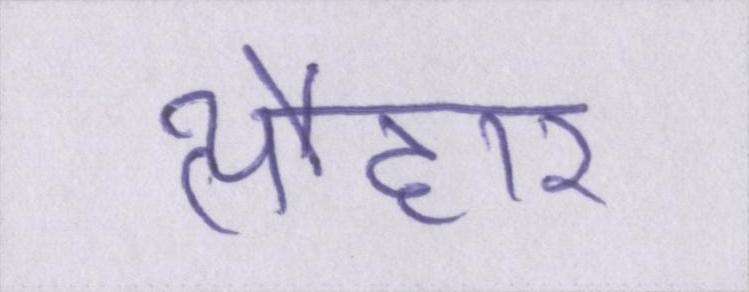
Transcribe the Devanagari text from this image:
त्यौहार